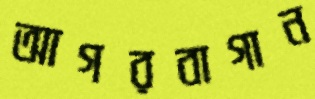
আগরবাগান